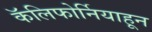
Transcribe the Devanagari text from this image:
कॅलिफोर्नियाहून